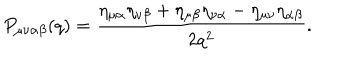
P _ { \mu \nu \alpha \beta } ( q ) = \frac { \eta _ { \mu \alpha } \eta _ { \nu \beta } + \eta _ { \mu \beta } \eta _ { \nu \alpha } - \eta _ { \mu \nu } \eta _ { \alpha \beta } } { 2 q ^ { 2 } } .